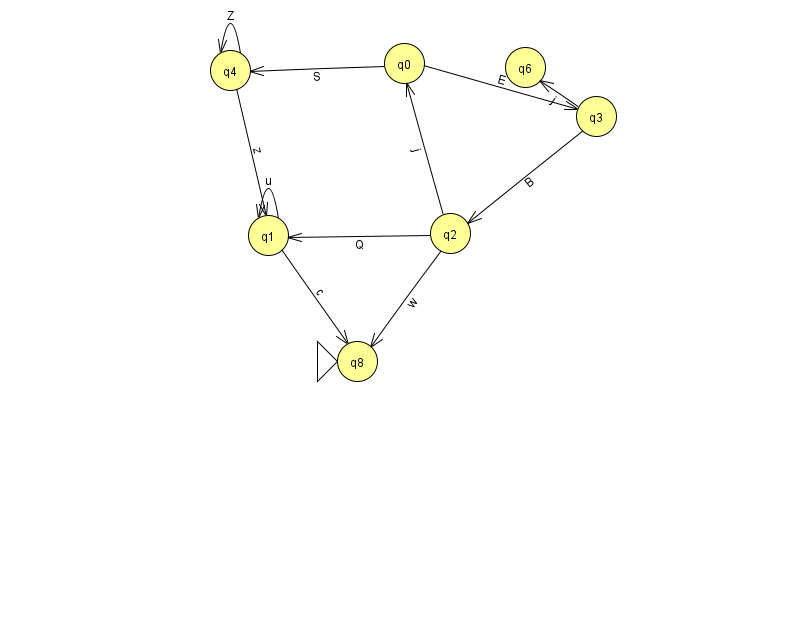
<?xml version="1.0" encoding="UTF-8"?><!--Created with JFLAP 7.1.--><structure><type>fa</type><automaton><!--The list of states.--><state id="0" name="q0"><x>404.0</x><y>50.0</y></state><state id="1" name="q1"><x>268.0</x><y>222.0</y></state><state id="2" name="q2"><x>450.0</x><y>220.0</y></state><state id="3" name="q3"><x>596.0</x><y>103.0</y></state><state id="4" name="q4"><x>230.0</x><y>57.0</y></state><state id="6" name="q6"><x>525.0</x><y>54.0</y></state><state id="8" name="q8"><x>357.0</x><y>348.0</y><initial/></state><!--The list of transitions.--><transition><from>3</from><to>2</to><read>B</read></transition><transition><from>3</from><to>6</to><read>j</read></transition><transition><from>2</from><to>1</to><read>Q</read></transition><transition><from>0</from><to>3</to><read>E</read></transition><transition><from>1</from><to>1</to><read>u</read></transition><transition><from>0</from><to>4</to><read>S</read></transition><transition><from>4</from><to>4</to><read>Z</read></transition><transition><from>2</from><to>0</to><read>j</read></transition><transition><from>4</from><to>1</to><read>z</read></transition><transition><from>1</from><to>8</to><read>c</read></transition><transition><from>2</from><to>8</to><read>w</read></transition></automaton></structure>